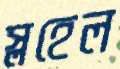
স্লহেল